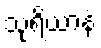
သုရိယာနံ